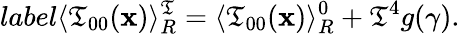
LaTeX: label{}\langle\mathfrak{T}_{00}(\mathbf{x})\rangle_{R}^{\mathfrak{T}}=\langle\mathfrak{T}_{00}(\mathbf{x})\rangle_{R}^{0}+\mathfrak{T}^{4}g(\gamma).